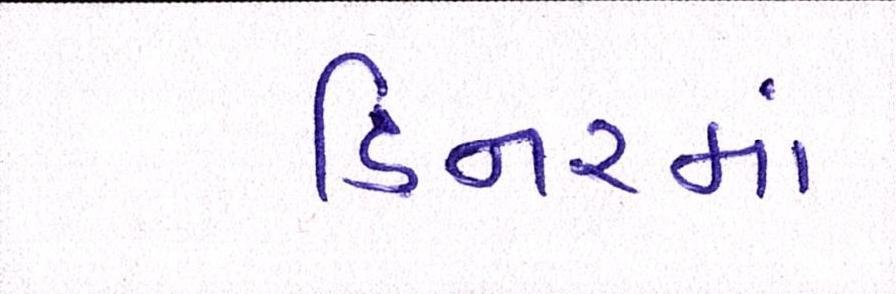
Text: ડિનરમાં